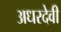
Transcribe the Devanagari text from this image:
अधरदेवी